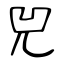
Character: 兕